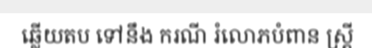
ឆ្លើយតប ទៅនឹង ករណី រំលោភបំពាន ស្ត្រី